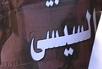
السيس